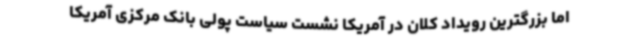
اما بزرگترین رویداد کلان در آمریکا نشست سیاست پولی بانک مرکزی آمریکا